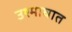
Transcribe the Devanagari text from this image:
उश्माघात